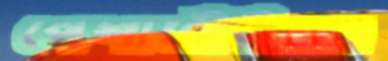
পেশাজীবীরাও